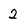
Character: 2